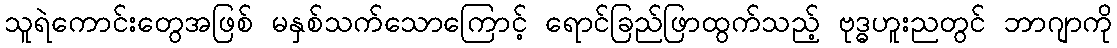
သူရဲကောင်းတွေအဖြစ် မနှစ်သက်သောကြောင့် ရောင်ခြည်ဖြာထွက်သည့် ဗုဒ္ဓဟူးညတွင် ဘာဂျာကို